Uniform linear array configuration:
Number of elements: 12
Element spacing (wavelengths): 1
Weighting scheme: hamming
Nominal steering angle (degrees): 0
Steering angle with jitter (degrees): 1.21
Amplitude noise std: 0.05
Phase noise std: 0.05

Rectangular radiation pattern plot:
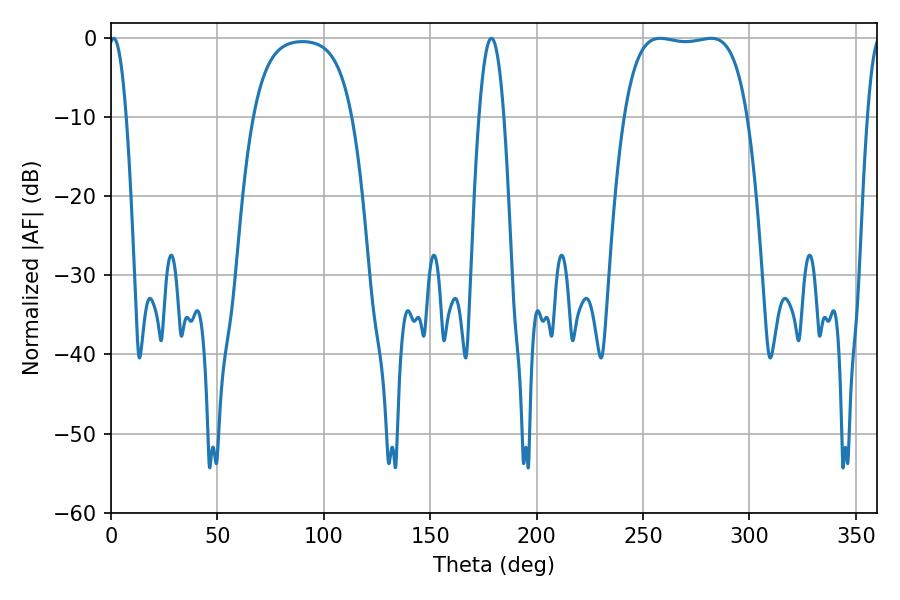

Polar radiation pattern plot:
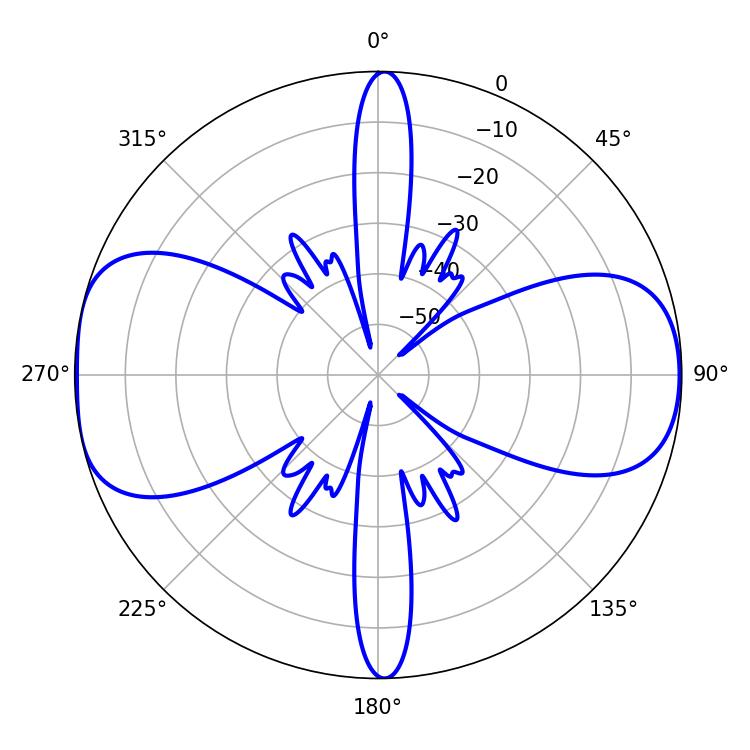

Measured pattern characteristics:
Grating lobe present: TRUE
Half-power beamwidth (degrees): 45.72
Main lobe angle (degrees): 258.12